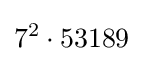
7^{2}\cdot 53189